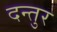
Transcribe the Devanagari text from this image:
दन्तुर